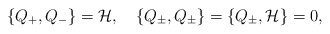
\begin{align*}\{Q_+,Q_-\}={{\cal H}},\quad\{Q_\pm,Q_\pm\}=\{Q_\pm, {\cal H}\}=0,\end{align*}